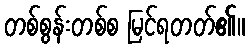
တစ်စွန်းတစ်စ မြင်ရတတ်၏။